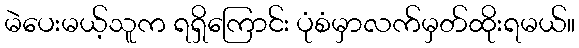
မဲပေးမယ့်သူက ရရှိကြောင်း ပုံစံမှာလက်မှတ်ထိုးရမယ်။